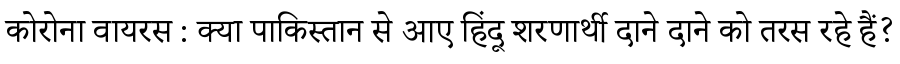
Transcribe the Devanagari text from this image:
कोरोना वायरस : क्या पाकिस्तान से आए हिंदू शरणार्थी दाने दाने को तरस रहे हैं?